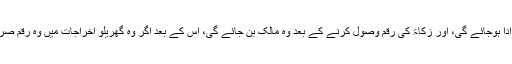
سید شخص کی غیر سید بیوی اگر مستحقِ زکاۃ ہو تو اسے زکاۃ دینا جائز ہے، اس سے زکاۃ ادا ہوجائے گی، اور زکاۃ کی رقم وصول کرنے کے بعد وہ مالک بن جائے گی، اس کے بعد اگر وہ گھریلو اخراجات میں وہ رقم صرف کرتی ہے، یا اپنے شوہر کو دیتی ہے تو شوہر کے لیے بھی اس رقم کا استعمال جائز ہوگا۔